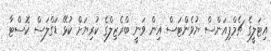
އިޓަލީގެ ޗެމްޕިއަންސް ޔުވެންޓަސް އިން ވަނީ ބްރެޒިލްގެ ކުރިޔަށް ކުޅޭ ޑަގްލަސް ކޮސްޓާ